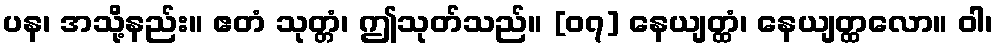
ပန၊ အသို့နည်း။ ဧတံ သုတ္တံ၊ ဤသုတ်သည်။ [၀၇] နေယျတ္ထံ၊ နေယျတ္ထလော။ ဝါ၊